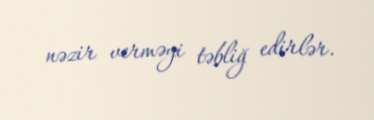
nəzir verməyi təbliğ edirlər.